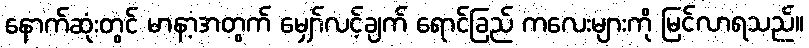
နောက်ဆုံးတွင် မာနာ့အတွက် မျှော်လင့်ချက် ရောင်ခြည် ကလေးများကို မြင်လာရသည်။